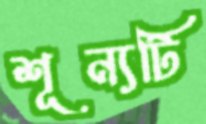
শূন্যটি